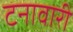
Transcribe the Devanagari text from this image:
टनावारी